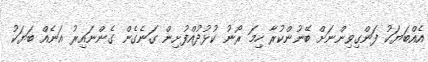
އެއްބަޔަކު ފަންގިވިންނަށް ބޭނުންކުރާ ހިމަ ރޯނު ކުޅުދުއްފުށިން ގަނެގެން ގެންނައިރު އަނެއް ބަޔަކު